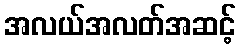
အလယ်အလတ်အဆင့်